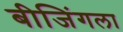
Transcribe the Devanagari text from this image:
बीजिंगला